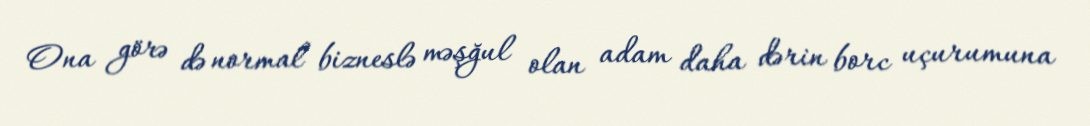
Ona görə də normal bizneslə məşğul olan adam daha dərin borc uçurumuna